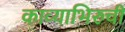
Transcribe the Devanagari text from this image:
काव्याभिरुची